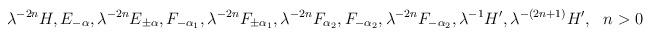
LaTeX: \begin{align*}\lambda^{-2n}H,E_{-\alpha}, \lambda^{-2n}E_{\pm\alpha}, F_{-\alpha_1}, \lambda^{-2n} F_{\pm\alpha_1}, \lambda^{-2n}F_{\alpha_2},F_{-\alpha_2},\lambda^{-2n}F_{-\alpha_2}, \lambda^{-1}H', \lambda^{-(2n+1)}H',~~n>0\end{align*}